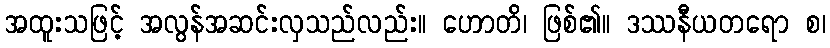
အထူးသဖြင့် အလွန်အဆင်းလှသည်လည်း။ ဟောတိ၊ ဖြစ်၏။ ဒဿနီယတရော စ၊